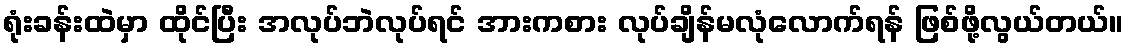
ရုံးခန်းထဲမှာ ထိုင်ပြီး အလုပ်ဘဲလုပ်ရင် အားကစား လုပ်ချိန်မလုံလောက်ရန် ဖြစ်ဖို့လွယ်တယ်။